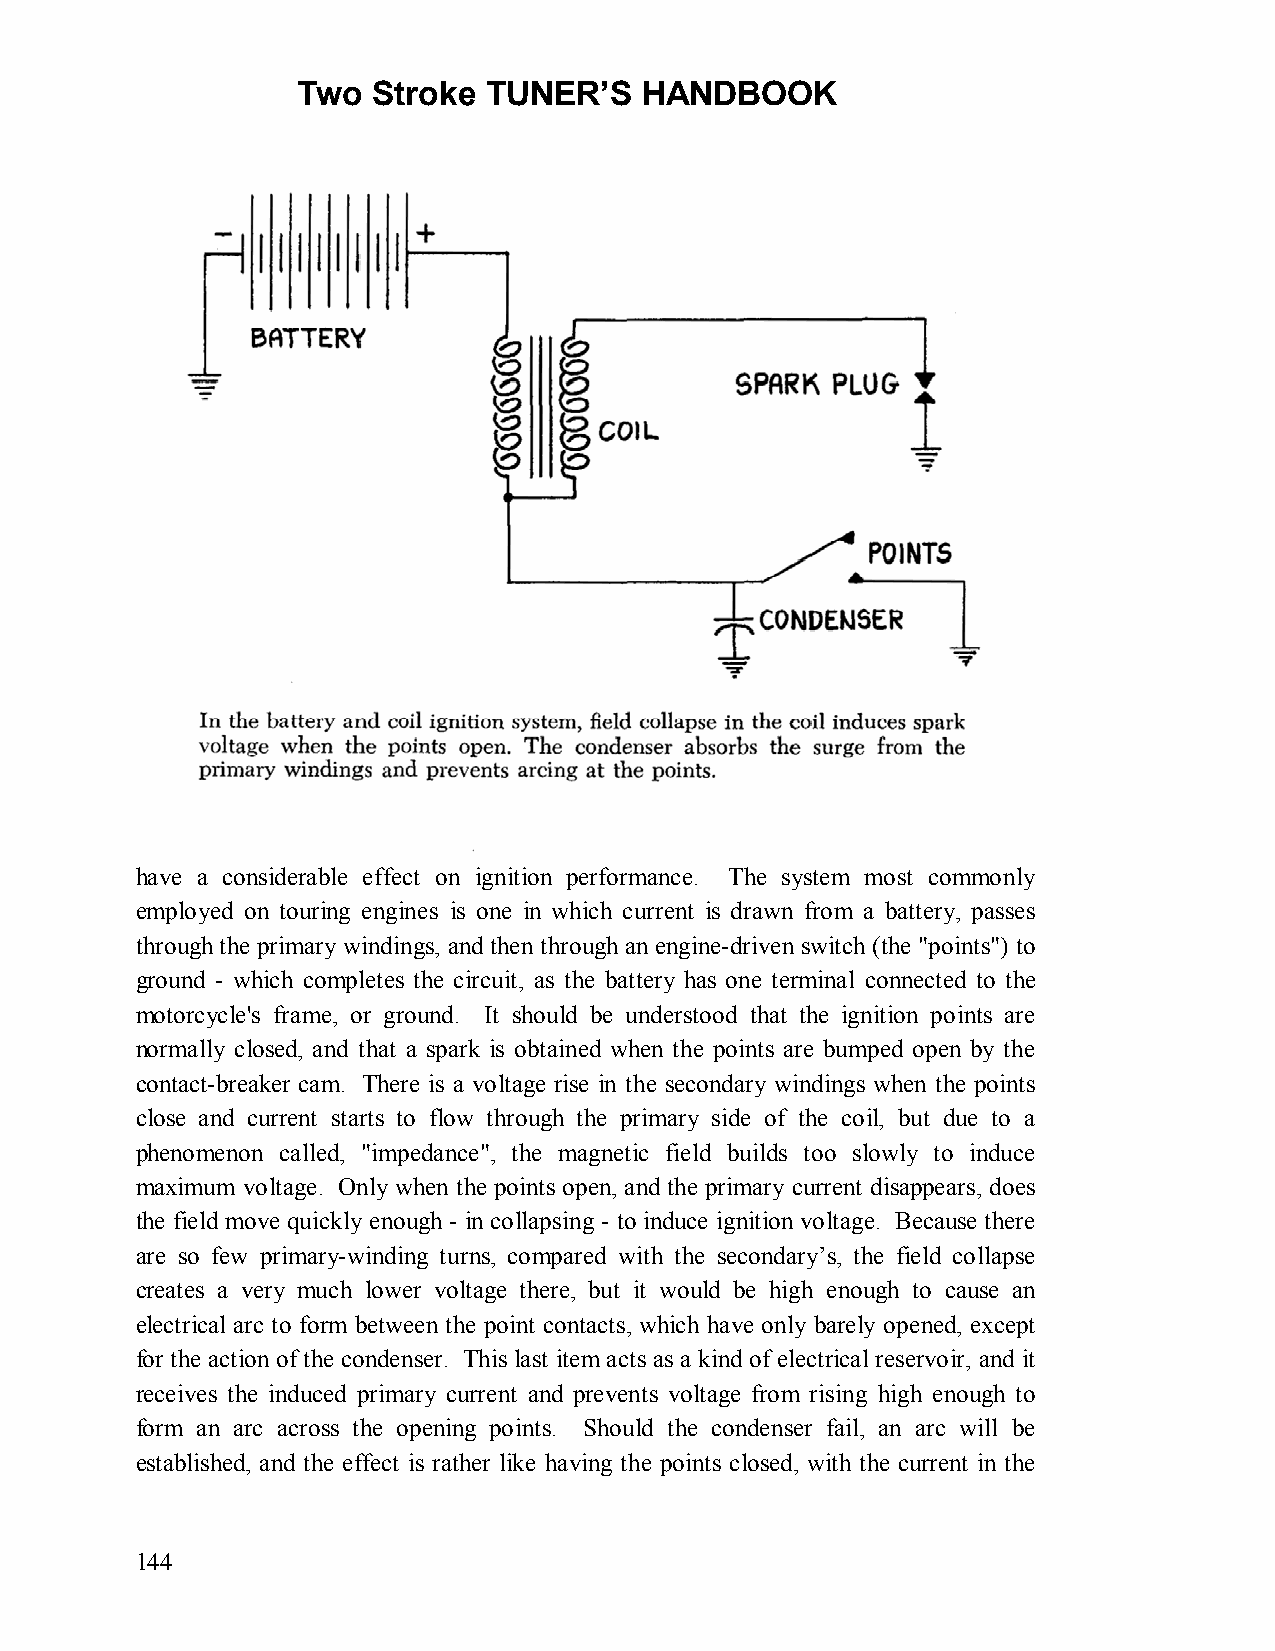
Two  Stroke TUNER’S   HANDBOOK
 have a considerable effect on ignition performance. The system most commonly
 employed on touring engines is one in which current is drawn from a battery, passes
 through the primary windings, and then through an engine-driven switch (the "points") to
 ground - which completes the circuit, as the battery has one terminal connected to the
 motorcycle's frame, or ground. It should be understood that the ignition points are
 normally closed, and that a spark is obtained when the points are bumped open by the
 contact-breaker cam. There is a voltage rise in the secondary windings when the points
 close and current starts to flow through the primary side of the coil, but due to a
 phenomenon called, "impedance", the magnetic field builds too slowly to induce
 maximum voltage. Only when the points open, and the primary current disappears, does
 the field move quickly enough - in collapsing - to induce ignition voltage. Because there
 are so few primary-winding turns, compared with the secondary’s, the field collapse
 creates a very much lower voltage there, but it would be high enough to cause an
 electrical arc to form between the point contacts, which have only barely opened, except
 for the action of the condenser. This last item acts as a kind of electrical reservoir, and it
 receives the induced primary current and prevents voltage from rising high enough to
 form an arc across the opening points. Should the condenser fail, an arc will be
 established, and the effect is rather like having the points closed, with the current in the
 144